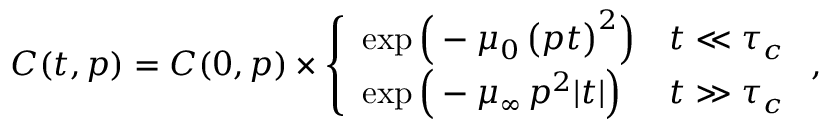
C ( t , p ) = C ( 0 , p ) \times \left\{ \begin{array} { l l } { \exp \Big ( - \mu _ { 0 } \, \big ( p t \big ) ^ { 2 } \Big ) } & { t \ll \tau _ { c } } \\ { \exp \Big ( - \mu _ { \infty } \, p ^ { 2 } | t | \Big ) } & { t \gg \tau _ { c } } \end{array} \right. ,